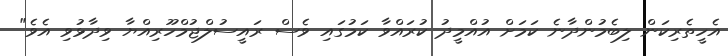
އެހީތެރިކަން ލިބެމުންދާނެ ކަމަށް އުއްމީދު ކުރައްވާ ކަމުގައި ވެސް ރައީސުލްޖުމްހޫރިއްޔާ ވިދާޅުވި އެވެ"